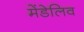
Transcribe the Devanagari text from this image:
मेंडेलिव